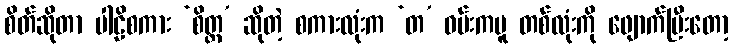
စိတ်ဆိုတာ ပါဠိစကား ‘စိတ္တ’ ဆိုတဲ့ စကားလုံးက ‘တ’ ဝမ်းကပူ တစ်လုံးကို ဖျောက်ပြီးတော့